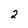
Character: 2